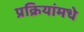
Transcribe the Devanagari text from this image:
प्रक्रियांमधे